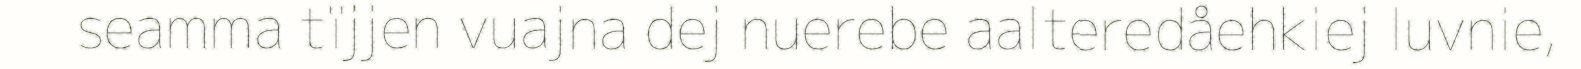
seamma tïjjen vuajna dej nuerebe aalteredåehkiej luvnie,